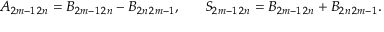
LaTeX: A _ { 2 m - 1 \, 2 n } = B _ { 2 m - 1 \, 2 n } - B _ { 2 n \, 2 m - 1 } , ~ ~ ~ ~ ~ S _ { 2 m - 1 \, 2 n } = B _ { 2 m - 1 \, 2 n } + B _ { 2 n \, 2 m - 1 } .